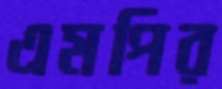
এমপির